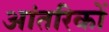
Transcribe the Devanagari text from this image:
आंतरिकों